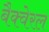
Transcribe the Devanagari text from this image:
बैक्वेरल